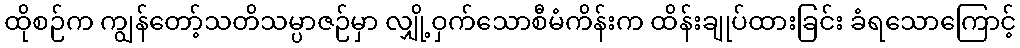
ထိုစဉ်က ကျွန်တော့်သတိသမ္ပာဇဉ်မှာ လျှို့ဝှက်သောစီမံကိန်းက ထိန်းချုပ်ထားခြင်း ခံရသောကြောင့်